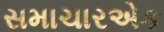
સમાચારએક